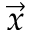
\vec { x }